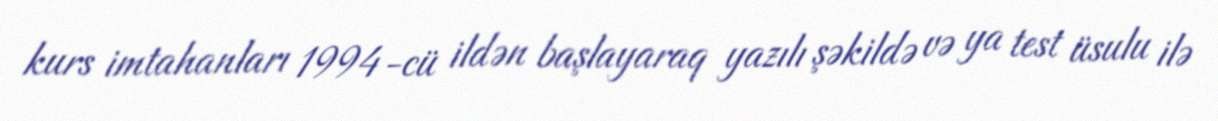
kurs imtahanları 1994-cü ildən başlayaraq yazılı şəkildə və ya test üsulu ilə